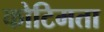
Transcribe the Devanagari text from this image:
कोटिमता